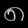
Digit: ၈